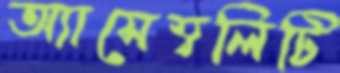
অ্যাসেম্বলিটি